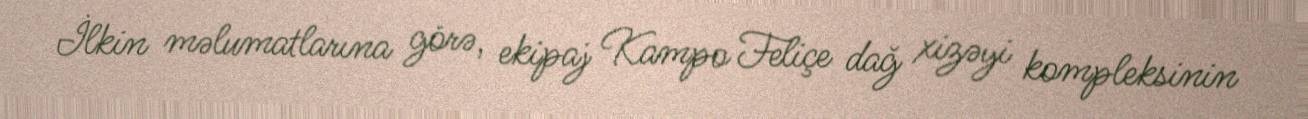
İlkin məlumatlarına görə, ekipaj Kampo Feliçe dağ xizəyi kompleksinin